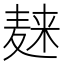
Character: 𪎌